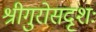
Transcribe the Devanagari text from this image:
श्रीगुरोसदृशः